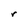
Character: r